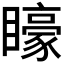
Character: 𭿭